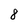
Character: 8